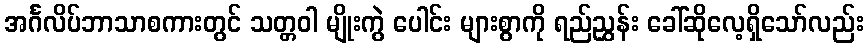
အင်္ဂလိပ်ဘာသာစကားတွင် သတ္တဝါ မျိုးကွဲ ပေါင်း များစွာကို ရည်ညွှန်း ခေါ်ဆိုလေ့ရှိသော်လည်း